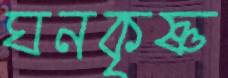
ঘনকৃষ্ণ